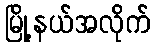
မြို့နယ်အလိုက်